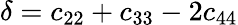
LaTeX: \delta=c_{22}+c_{33}-2c_{44}